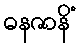
ဓနဇာနိံ